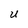
Character: U